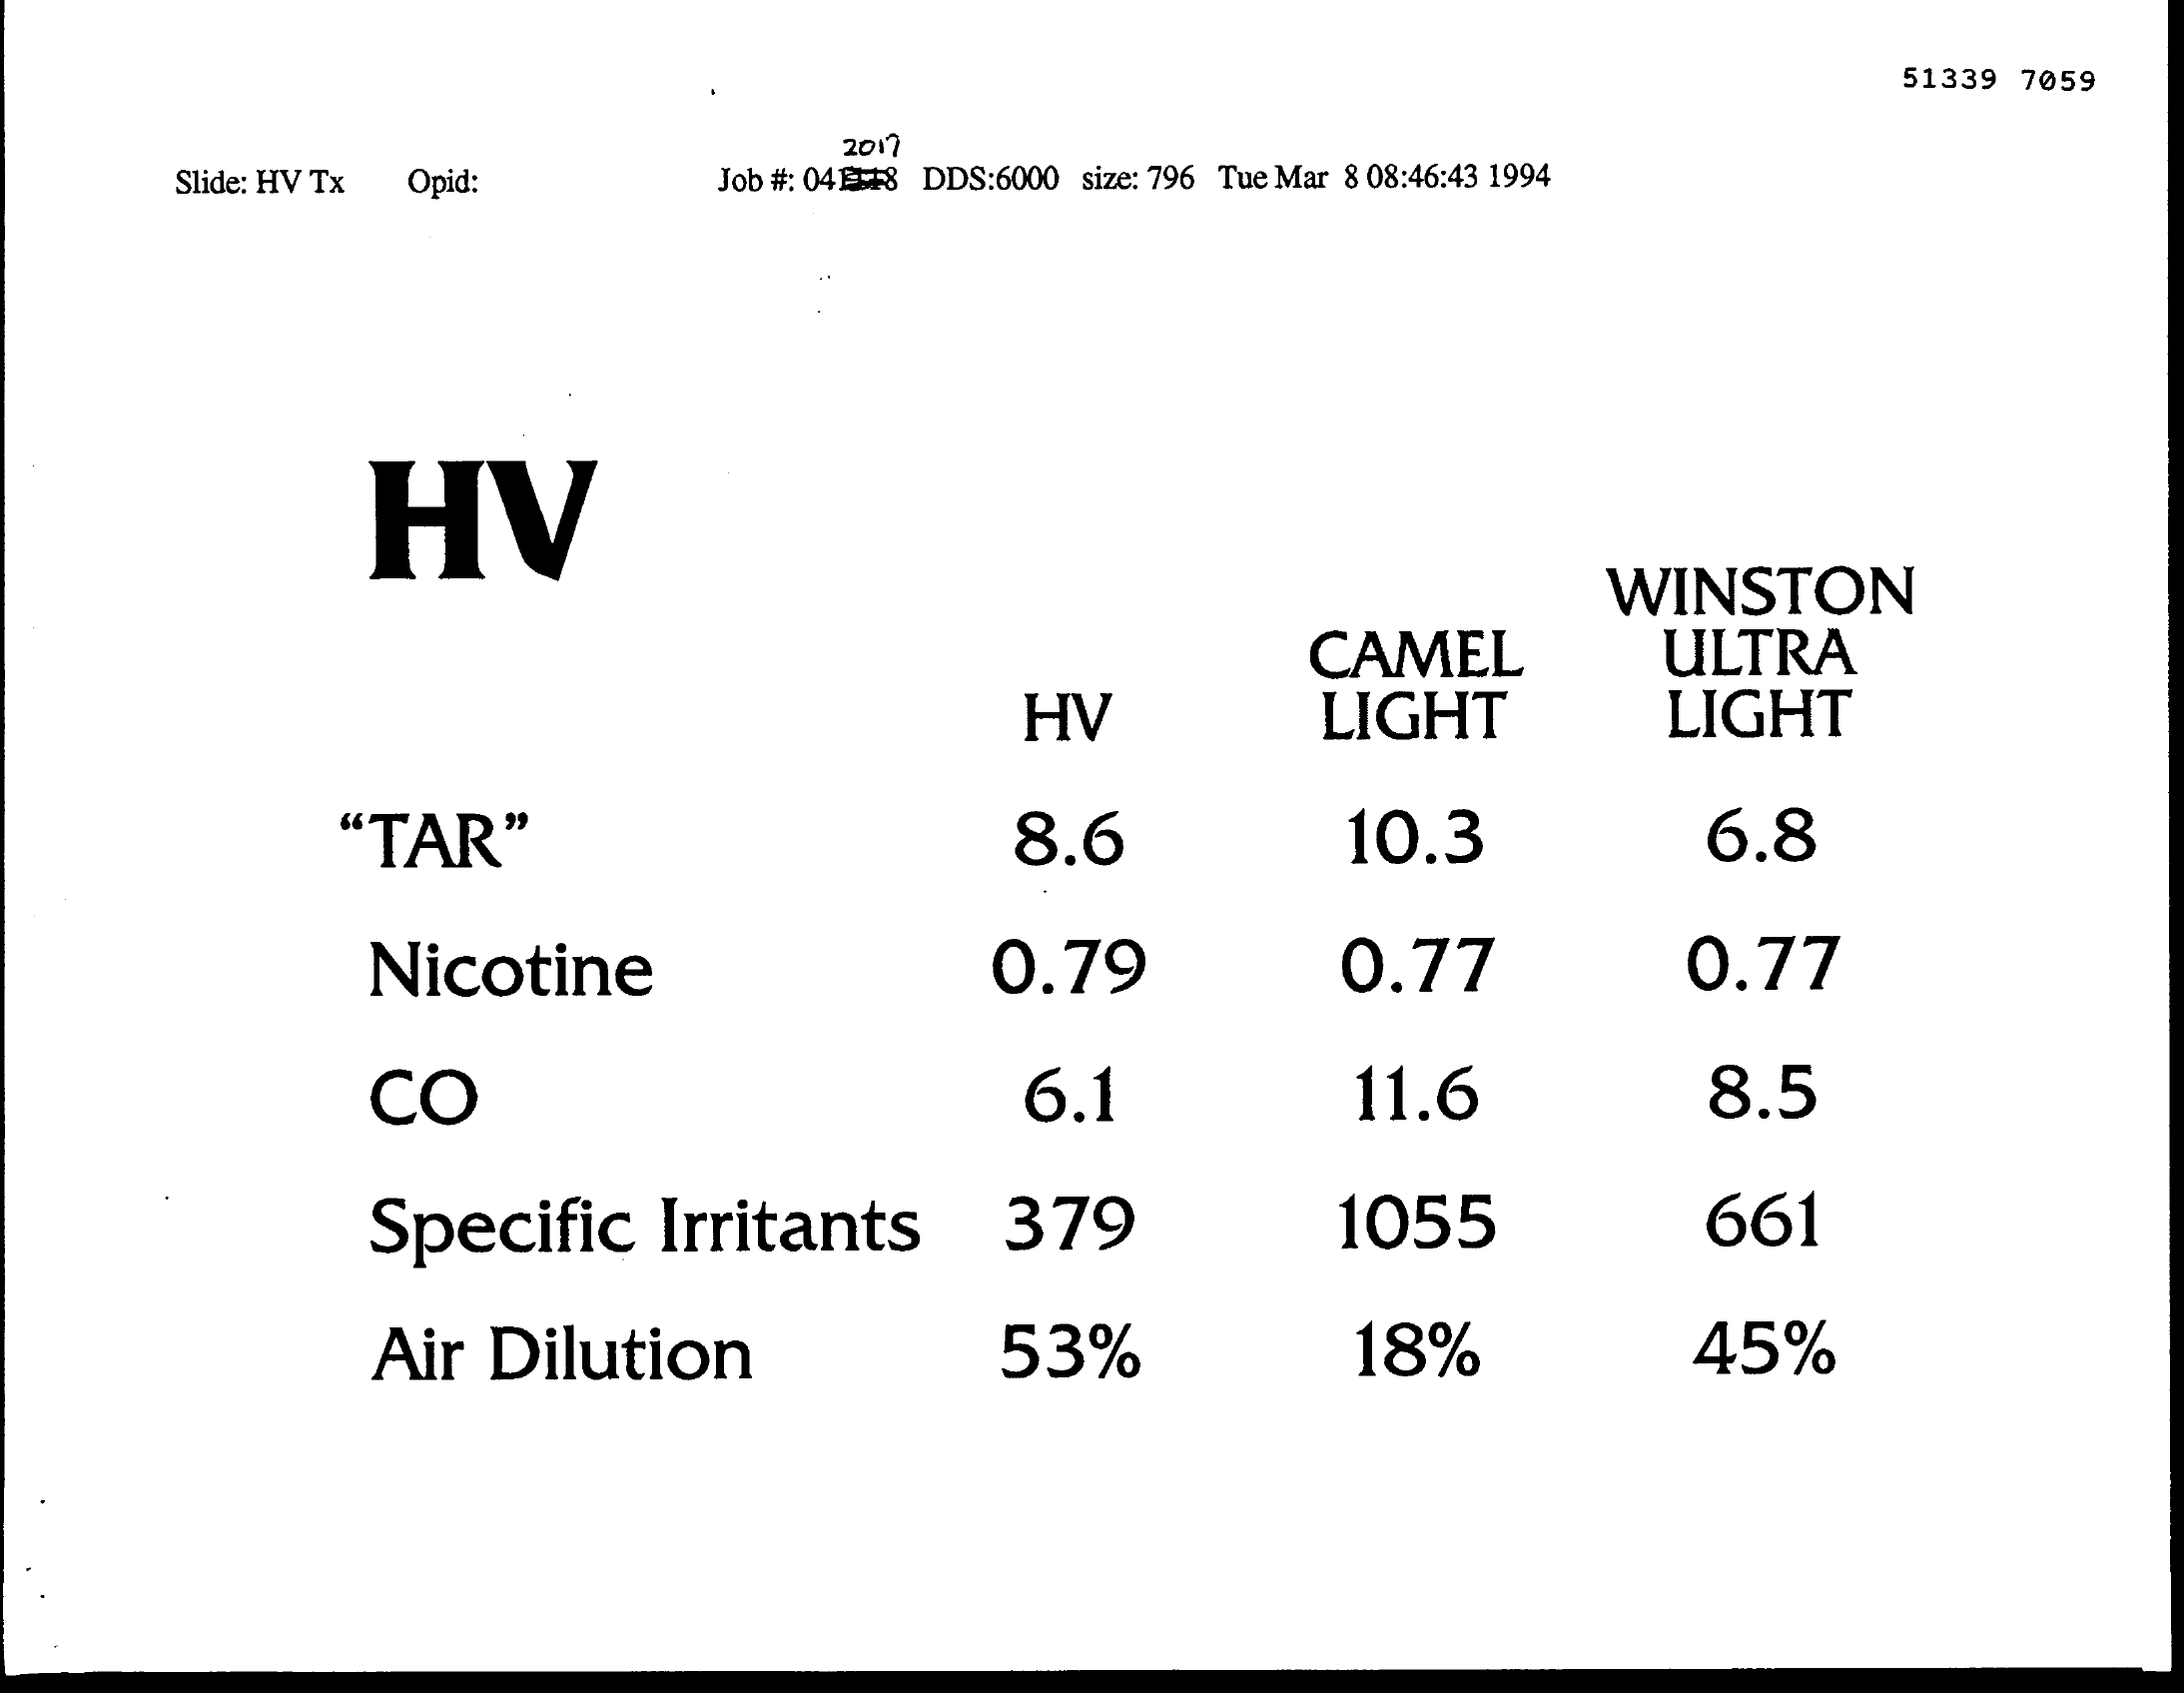
51339 7059
     2017
     Slide: HV Tx Opid:    Job #: 04EL#8 DDS:6000 size: 796 Tue Mar 8 08:46:43 1994
     HV
     WINSTON
     CAMEL    ULTRA
     HV    LIGHT    LIGHT
     "TAR    8.6    10.3    6.8
     Nicotine    0.79    0.77    0.77
     CO    6.1    11.6    8.5
     Specific    Irritants    379    1055    661
     Air Dilution    53%    18%    45%